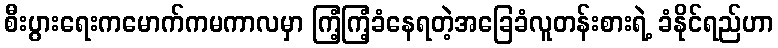
စီးပွားရေးကမောက်ကမကာလမှာ ကြံ့ကြံ့ခံနေရတဲ့အခြေခံလူတန်းစားရဲ့ ခံနိုင်ရည်ဟာ